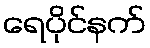
ရေပိုင်နက်